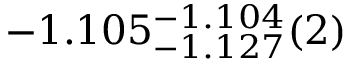
- 1 . 1 0 5 _ { - 1 . 1 2 7 } ^ { - 1 . 1 0 4 } ( 2 )